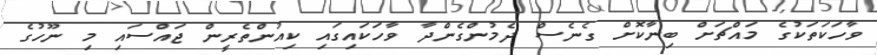
ވާހަކަތަކުގެ މައްޗަށް ބިނާކޮށް ގެނެސް ދެމުންގެންދާ ވާހަކައިގައި ކިއުންތެރީން ޖައްސައި މި ނޫހުގެ